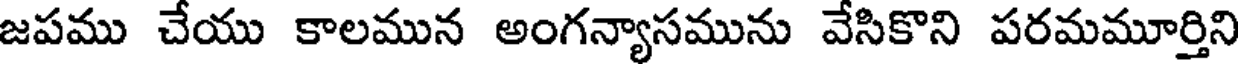
జపము చేయు కాలమున అంగన్యాసమును వేసికొని పరమమూర్తిని